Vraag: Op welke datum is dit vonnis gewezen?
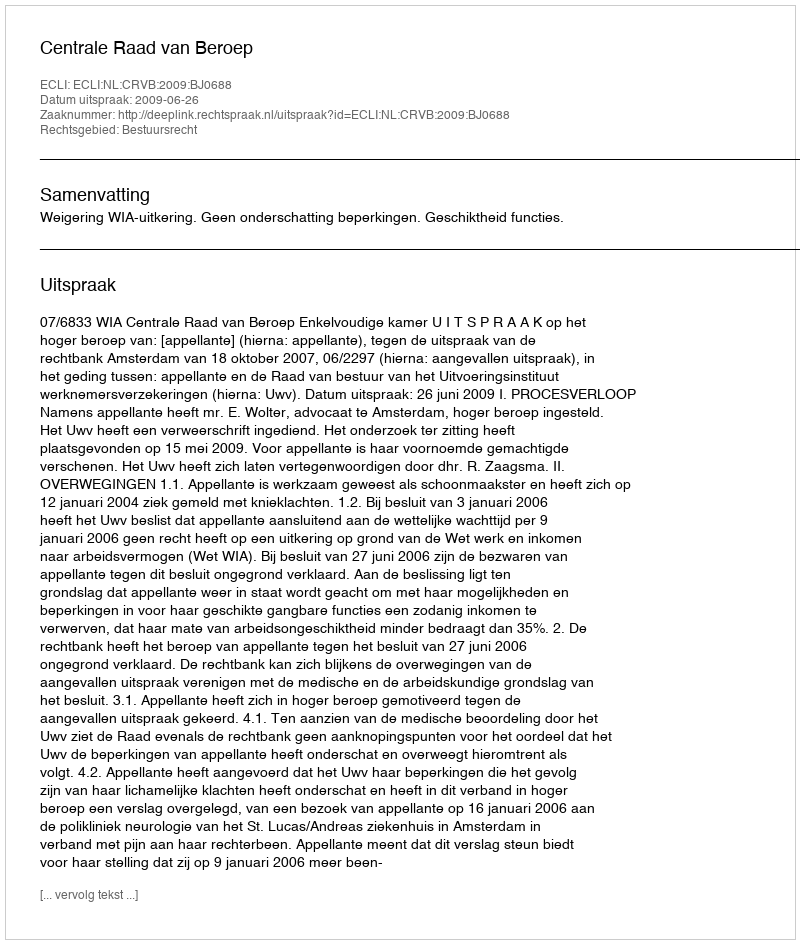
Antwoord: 2009-06-26